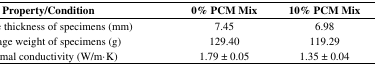
<table><thead><tr><td><b>Property/Condition</b></td><td><b>0% PCM Mix</b></td><td><b>10% PCM Mix</b></td></tr></thead><tbody><tr><td>Average thickness of specimens (mm)</td><td>7.45</td><td>6.98</td></tr><tr><td>Average weight of specimens (g)</td><td>129.40</td><td>119.29</td></tr><tr><td>Thermal conductivity (W/m·K)</td><td>1.79 ± 0.05</td><td>1.35 ± 0.04</td></tr></tbody></table>